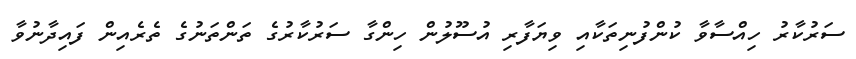
ސަރުކާރު ހިއްސާވާ ކުންފުނިތަކާއި ވިޔަފާރި އުސޫލުން ހިންގާ ސަރުކާރުގެ ތަންތަނުގެ ތެރެއިން ފައިދާނުވާ